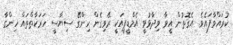
ކުރައްވާފައެވެ. އެގޮތުން އީވާ ވިދާޅުވީ އެމްޑީޕީއަކީ ރޭވިގެން ހިންގޭ ސިޔާސީ ހަރަކާތްތައް ހިންގާ